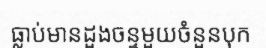
ធ្លាប់មានដួងចន្ទមួយចំនួនបុក